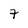
Character: 7